Trukikaitis_Postimees, lk 85
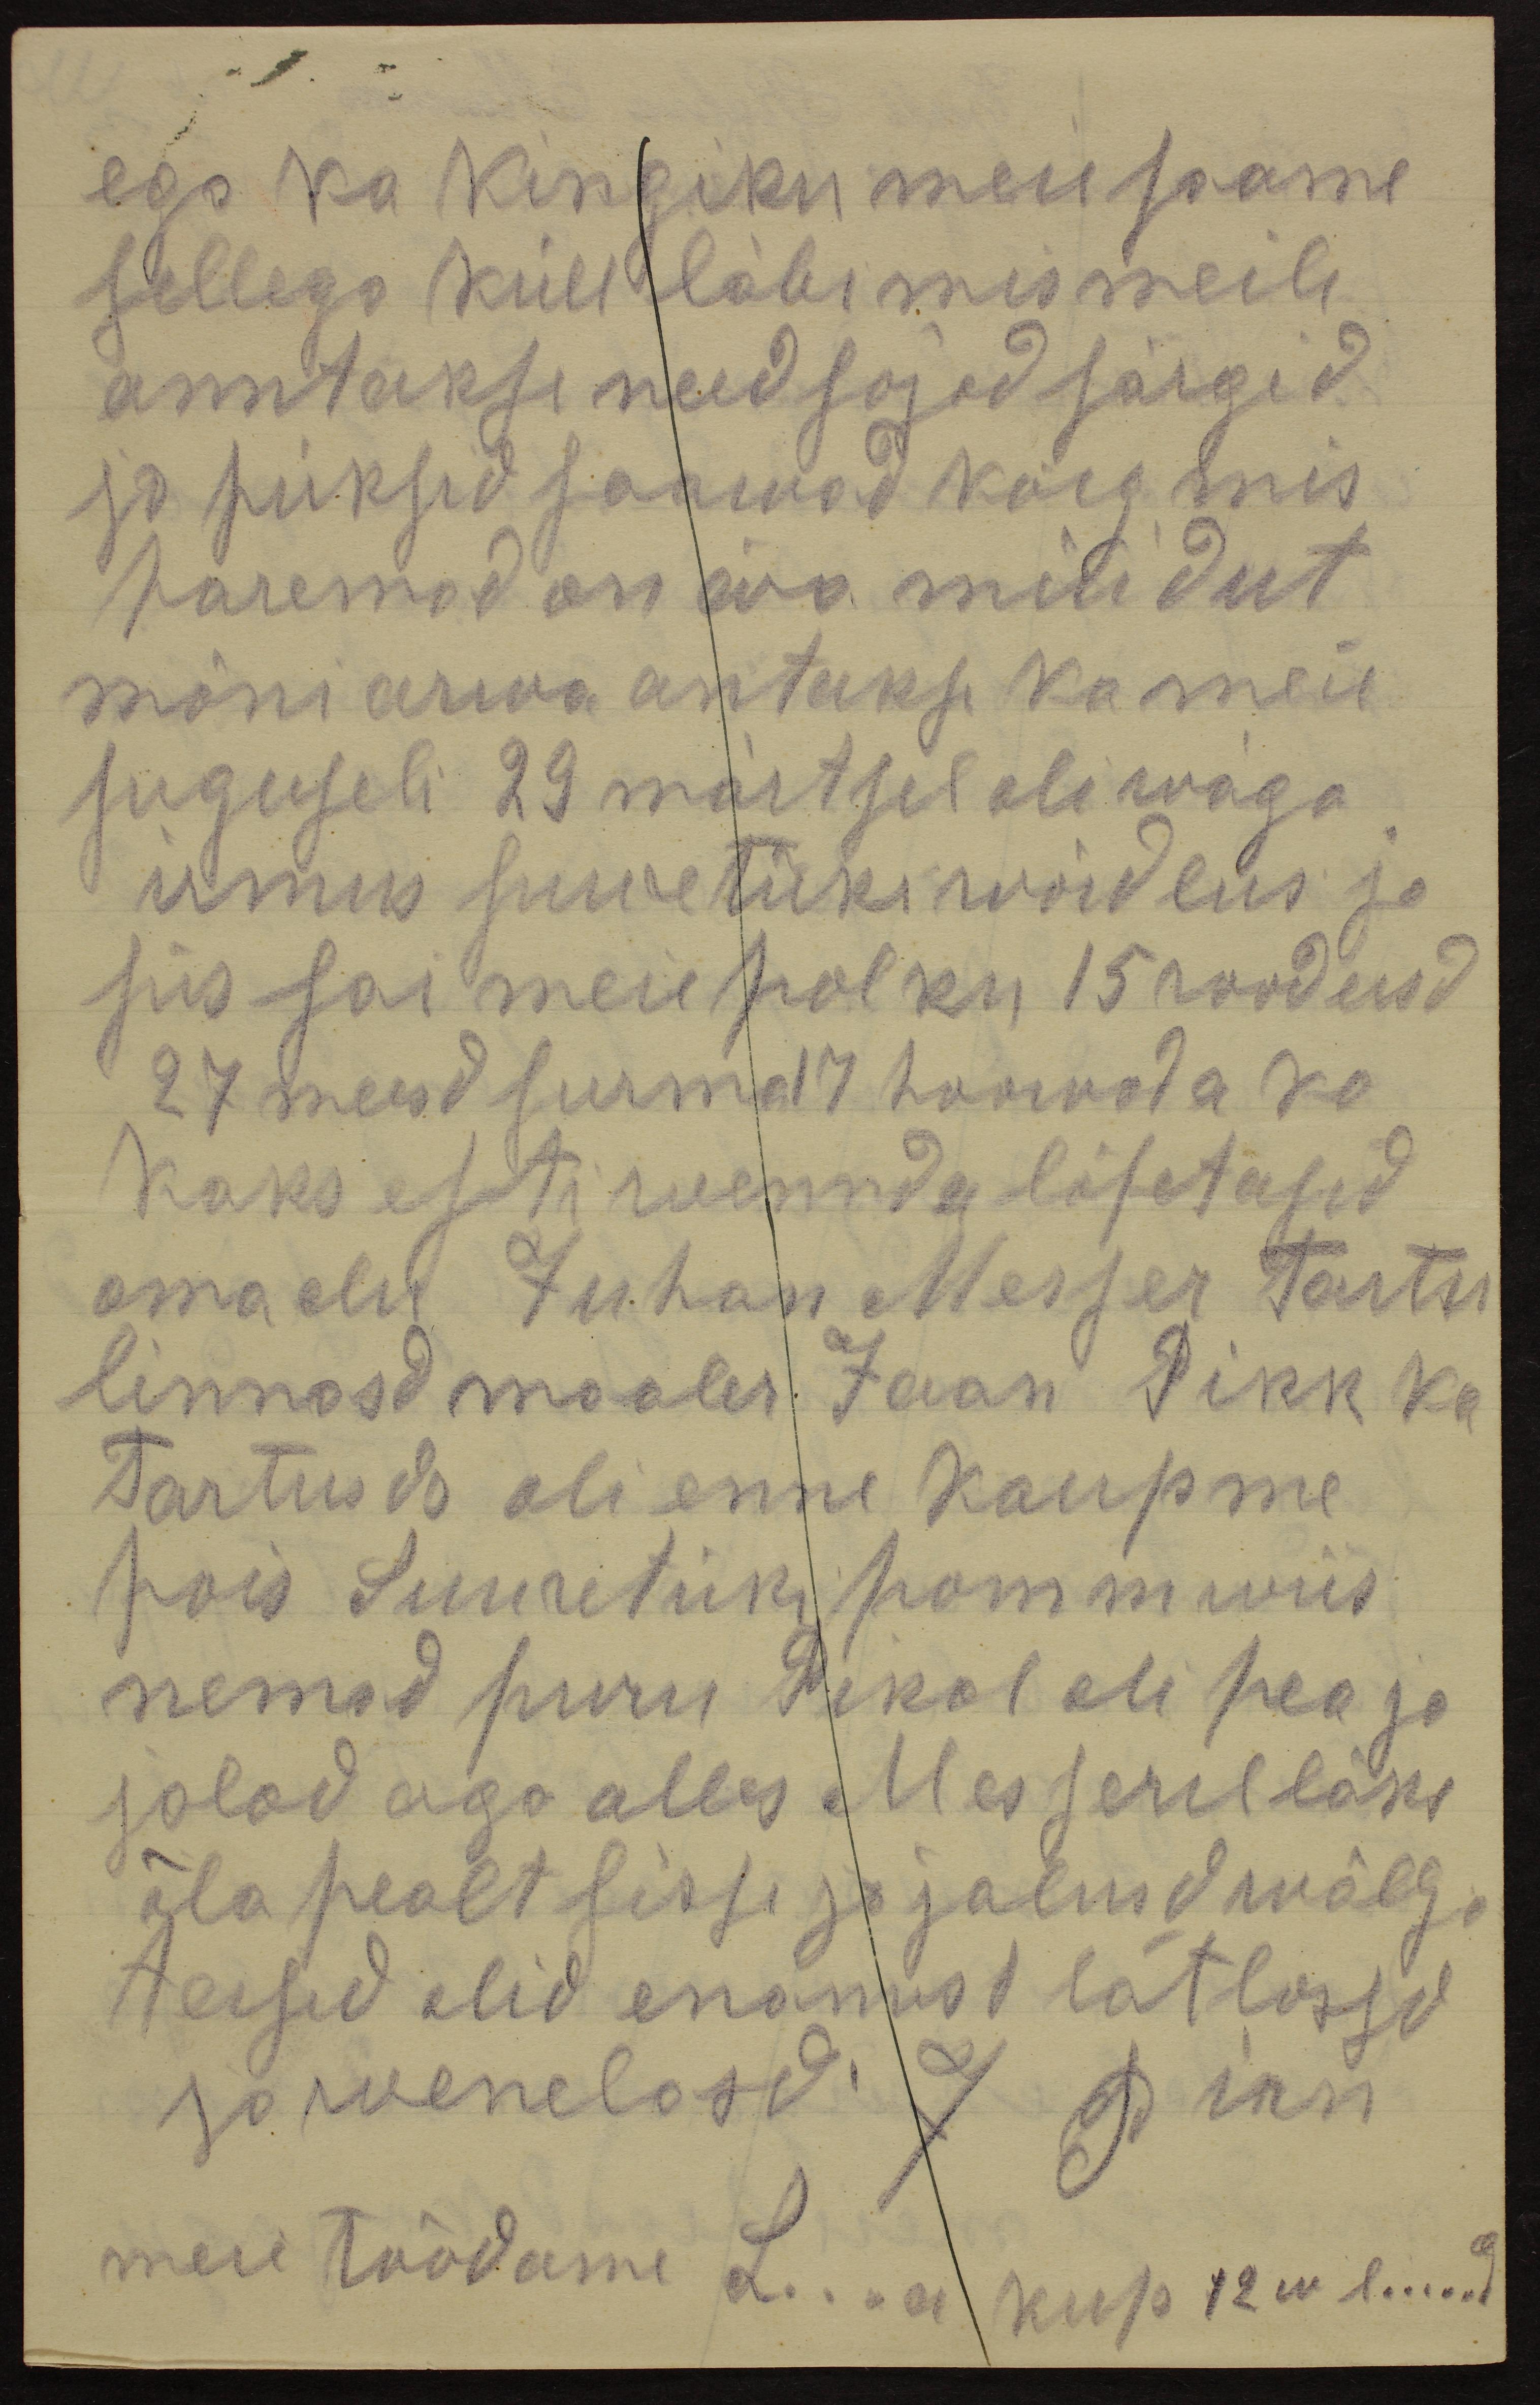
ega ka kingiku meie saame
sellega küll läbi mis meile
anntakse need sojad särgid
ja püksid saawad kõig mis
paremad on ära müidut
mõni arwa antakse ka meie
suguseli 29 märtsil oli wäga
irmus suuretüki wõidlus ja
siis sai meie polku 15 roodusd
27 meest surma 17 haawada ka
kaks esti wennda lõpetasid
oma elu Juhan Messer Tartu
linnasd maaler Jaan Pikk ka
Tartus da oli enne kaupme
pois Suuretüki pomm wiis
nemad puru Pikal oli pea ja
jalad aga alles Messeril läks
õla pealt sisse ja jalusd wälja
teised olid enamust lätlassed
ja wenelased. J Pirn
meie tõodame L...a kup 12 m l.....d